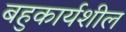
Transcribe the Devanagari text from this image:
बहुकार्यशील